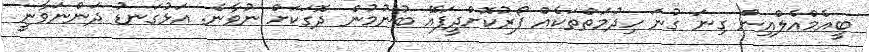
ބީއެމްއެލްއިން ގިނަ ގުނަ ހިދުމަތްތަކެއް ފޯރުކޮށްދީފައޭ ބުނުމުން ދޮގަކަށް ނުވާނެ. އަޅުގަނޑު ދަންނަވާނީ